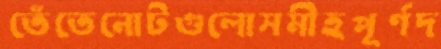
তেঁতেনোটগুলোসমীহপূর্ণদ